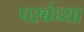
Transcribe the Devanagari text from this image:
परबंध्या